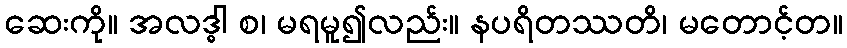
ဆေးကို။ အလဒ္ဓါ စ၊ မရမူ၍လည်း။ နပရိတဿတိ၊ မတောင့်တ။